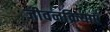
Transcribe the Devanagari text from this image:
जीवनक्रियाएँ